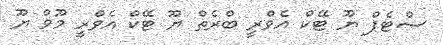
ސްޓެޕް ޔޫ ޓޭކް އެވްރީ ބްރެތް ޔޫ ޓޭކް އެވްރީ މޫވް ޔޫ